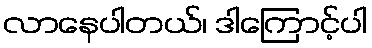
လာနေပါတယ်၊ ဒါကြောင့်ပါ